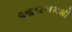
આલબમથી